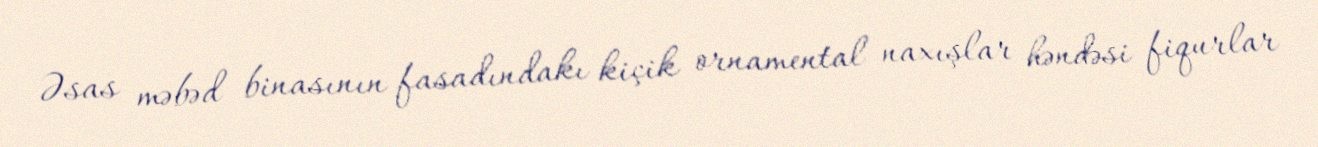
Əsas məbəd binasının fasadındakı kiçik ornamental naxışlar həndəsi fiqurlar